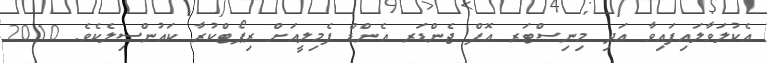
އެކުލަވާލައިފައިވާ އަދި މިނިސްޓަރ އޮފް ޖެންޑަރ އެންޑް ފެމިލީއަށް ރިޕޯޓްކުރާ ކައުންސިލެކެވެ. 2010